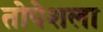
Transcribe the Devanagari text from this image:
तोपेशला